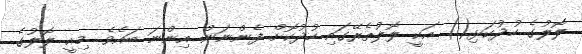
ލޮލުގެ ހުދުކަޅި() އަކީ ލޮލުތެރޭގައި ހުދުކޮށް ފެންނަން އިންނަ ބައެވެ. މިއީ ލޮލުގެ